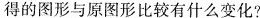
得的图形与原图形比较有什么变化?